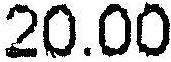
20.00